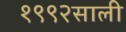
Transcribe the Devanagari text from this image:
१९९२साली